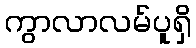
ကွာလာလမ်ပူရှိ